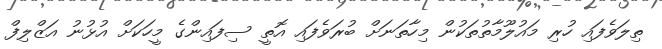
ތިލަވެފައި ހުރި މައުލޫމާތުތަކުން މިހާތަނަށް ބުރަވެފައި އޮތީ ސިފައިންގެ މީހަކަށް އުޅުނު އަޒްލިފް